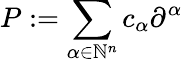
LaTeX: P:=\sum_{\alpha\in\mathbb{N}^{n}}c_{\alpha}\partial^{\alpha}